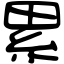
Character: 累